画像に写った文字を読んでください
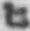
「ヒ」と書いてあります